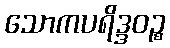
သောကပရိဒ္ဒဝဉ္စ